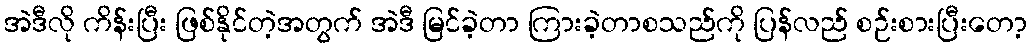
အဲဒီလို ကိန်းပြီး ဖြစ်နိုင်တဲ့အတွက် အဲဒီ မြင်ခဲ့တာ ကြားခဲ့တာစသည်ကို ပြန်လည် စဉ်းစားပြီးတော့